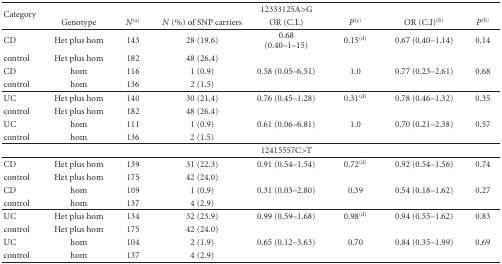
| <ROWSPAN=2> Category |  |  |  | 12333125A>G |  |  |  |
 | Genotype | N(a) | N (%) of SNP carriers | OR (C.I.) | P(c) | OR (C.I) (b) | P(b) |
 | --- | --- | --- | --- | --- | --- | --- | --- |
 | CD | Het plus hom | 143 | 28 (19.6) | 0.68 (0.40–1–15) | 0.15(d) | 0.67 (0.40–1.14) | 0.14 |
 | control | Het plus hom | 182 | 48 (26.4) |  |  |  |  |
 | CD | hom | 116 | 1 (0.9) | 0.58 (0.05–6.51) | 1.0 | 0.77 (0.23–2.61) | 0.68 |
 | control | hom | 136 | 2 (1.5) |  |  |  |  |
 | UC | Het plus hom | 140 | 30 (21.4) | 0.76 (0.45–1.28) | 0.31(d) | 0.78 (0.46–1.32) | 0.35 |
 | control | Het plus hom | 182 | 48 (26.4) |  |  |  |  |
 | UC | hom | 111 | 1 (0.9) | 0.61 (0.06–6.81) | 1.0 | 0.70 (0.21–2.38) | 0.57 |
 | control | hom | 136 | 2 (1.5) |  |  |  |  |
 |  |  |  |  | 12415557C>T |  |  |  |
 | CD | Het plus hom | 139 | 31 (22.3) | 0.91 (0.54–1.54) | 0.72(d) | 0.92 (0.54–1.56) | 0.74 |
 | control | Het plus hom | 175 | 42 (24.0) |  |  |  |  |
 | CD | hom | 109 | 1 (0.9) | 0.31 (0.03–2.80) | 0.39 | 0.54 (0.18–1.62) | 0.27 |
 | control | hom | 137 | 4 (2.9) |  |  |  |  |
 | UC | Het plus hom | 134 | 32 (23.9) | 0.99 (0.59–1.68) | 0.98(d) | 0.94 (0.55–1.62) | 0.83 |
 | control | Het plus hom | 175 | 42 (24.0) |  |  |  |  |
 | UC | hom | 104 | 2 (1.9) | 0.65 (0.12–3.63) | 0.70 | 0.84 (0.35–1.99) | 0.69 |
 | control | hom | 137 | 4 (2.9) |  |  |  |  |